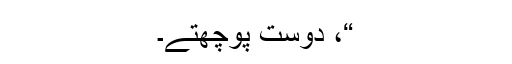
“، دوست پوچھتے۔